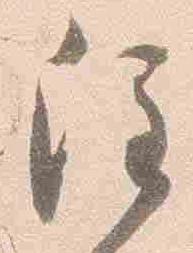
注